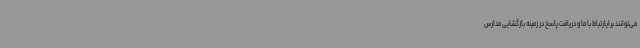
می‌توانند برایارتباط با ما و دریافت پاسخ در زمینه بازگشایی مدارس